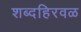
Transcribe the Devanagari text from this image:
शब्दहिरवळ